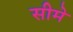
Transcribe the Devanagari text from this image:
सीमे